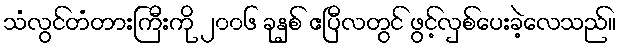
သံလွင်တံတားကြီးကို ၂၀၀၆ ခုနှစ် ဧပြီလတွင် ဖွင့်လှစ်ပေးခဲ့လေသည်။